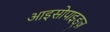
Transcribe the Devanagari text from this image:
आइसोपाइड्ज़